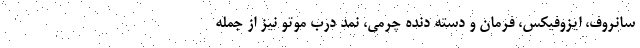
سانروف، ايزوفيكس، فرمان و دسته دنده چرمی، نمد درب موتو نیز از جمله